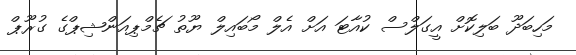
މަހިބަދޫ ބަލިކޮށް އީގަލްސް ކުއާޓަ އަށް އެލް މޯބައިލް ޔޫތު ޗެމްޕިއަންޝިޕްގެ ގުރޫޕް